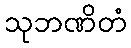
သုဘဏိတံ